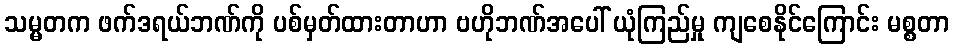
သမ္မတက ဖက်ဒရယ်ဘဏ်ကို ပစ်မှတ်ထားတာဟာ ဗဟိုဘဏ်အပေါ် ယုံကြည်မှု ကျစေနိုင်ကြောင်း မစ္စတာ